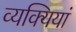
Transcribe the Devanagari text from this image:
व्यक्यियां